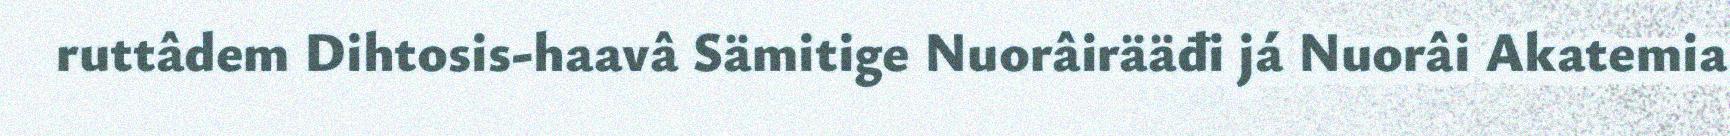
ruttâdem Dihtosis-haavâ Sämitige Nuorâirääđi já Nuorâi Akatemia